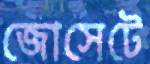
জোসেটে